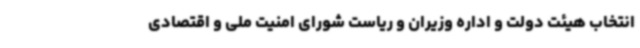
انتخاب هیئت دولت و اداره‌ وزیران و ریاست شورای امنیت ملی و اقتصادی